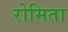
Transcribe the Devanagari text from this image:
रोमिता